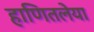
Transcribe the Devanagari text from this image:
हाणितलेया